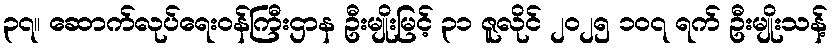
၃၇။ ဆောက်လုပ်ရေးဝန်ကြီးဌာန ဦးမျိုးမြင့် ၃၁ ဇူလိုင် ၂၀၂၅ ၁၀၇ ရက် ဦးမျိုးသန့်